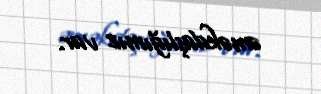
əməkdaşlığımız var.